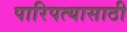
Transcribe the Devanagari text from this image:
पारिपत्यासाठी